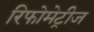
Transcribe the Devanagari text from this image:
रिफोमेट्रीज